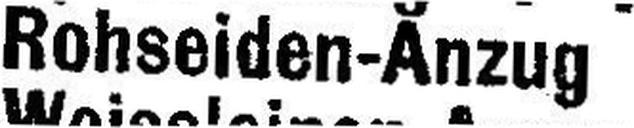
Rohseiden-Anzug